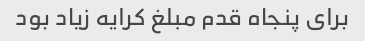
برای پنجاه قدم مبلغ کرایه زیاد بود